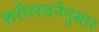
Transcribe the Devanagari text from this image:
शरीररचनेनुसार